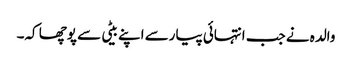
والدہ نے جب انتہائی پیارسے اپنے بیٹی سے پوچھا کہ۔